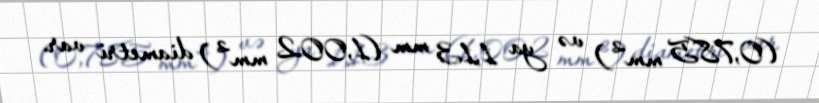
(0,785 mm²) və ya 1,13 mm (1,002 mm²) diametri var.